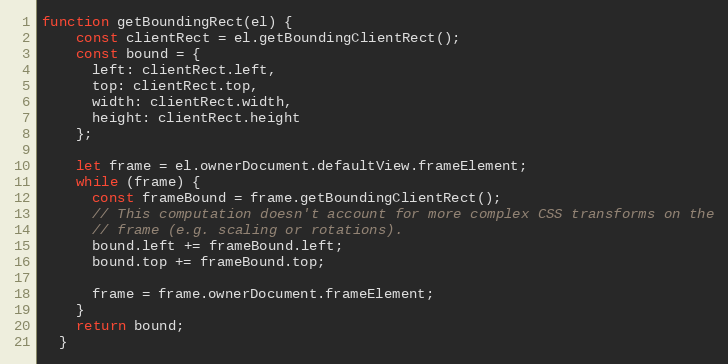
Language: JavaScript
function getBoundingRect(el) {
    const clientRect = el.getBoundingClientRect();
    const bound = {
      left: clientRect.left,
      top: clientRect.top,
      width: clientRect.width,
      height: clientRect.height
    };

    let frame = el.ownerDocument.defaultView.frameElement;
    while (frame) {
      const frameBound = frame.getBoundingClientRect();
      // This computation doesn't account for more complex CSS transforms on the
      // frame (e.g. scaling or rotations).
      bound.left += frameBound.left;
      bound.top += frameBound.top;

      frame = frame.ownerDocument.frameElement;
    }
    return bound;
  }